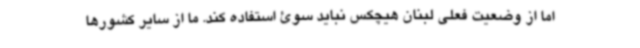
اما از وضعیت فعلی لبنان هیچکس نباید سوئ استفاده کند. ما از سایر کشورها